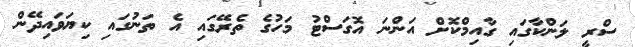
ސްރީ ލަންކާގައި ގާއިމްކޮށް އަންނަ އޮގަސްޓު މަހުގެ ތެރޭގައި އެ ތަނުގައި ކިޔަވައިދޭން